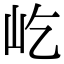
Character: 屹